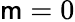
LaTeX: \mathsf{m}=0